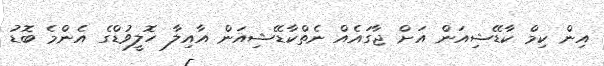
އިން ކިމް ކާޑޭޝިއަން އަށް ޖާގައެއް ނެތްކާޑޭޝިއަން އާއިލާ ހޮލީވުޑްގެ އެންމެ ބޮޑު